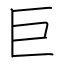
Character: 巨